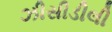
ઝીસીડીલી